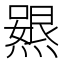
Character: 𭶃